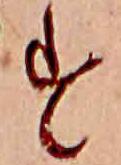
す